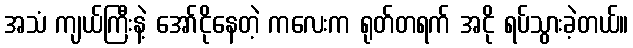
အသံ ကျယ်ကြီးနဲ့ အော်ငိုနေတဲ့ ကလေးက ရုတ်တရက် အငို ရပ်သွားခဲ့တယ်။